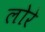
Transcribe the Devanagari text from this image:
लोरे